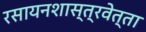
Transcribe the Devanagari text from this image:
रसायनशास्त्रवेत्ता